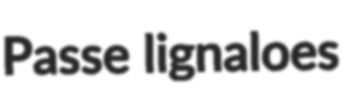
Passe lignaloes